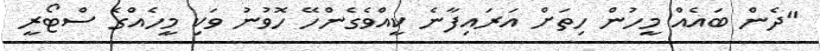
"ދެން ބައެއް މީހުން ހިތަށް އަރައިފާނެ ކީއްވެގެންހޭ ހޮވުނު ވަކި މީހެއްގެ ސްޓޯރީ